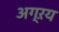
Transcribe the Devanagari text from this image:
अग्ऱय